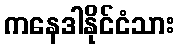
ကနေဒါနိုင်ငံသား